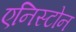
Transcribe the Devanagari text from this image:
एनिस्टोन